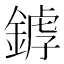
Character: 𨩘